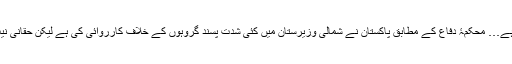
پاکستان کا دعویٰ رہا ہے کہ وہ تمام شدت پسند گروہوں کے خلاف کارروائی کر رہا ہے… محکمۂ دفاع کے مطابق پاکستان نے شمالی وزیرستان میں کئی شدت پسند گروہوں کے خلاف کارروائی کی ہے لیکن حقانی نیٹ ورک اور افغان طالبان دونوں ہی پاکستان کے کئی علاقوں میں اب بھی سرگرم ہیں۔